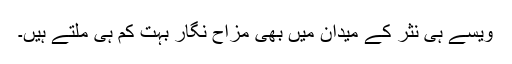
ویسے ہی نثر کے میدان میں بھی مزاح نگار بہت کم ہی مِلتے ہیں۔